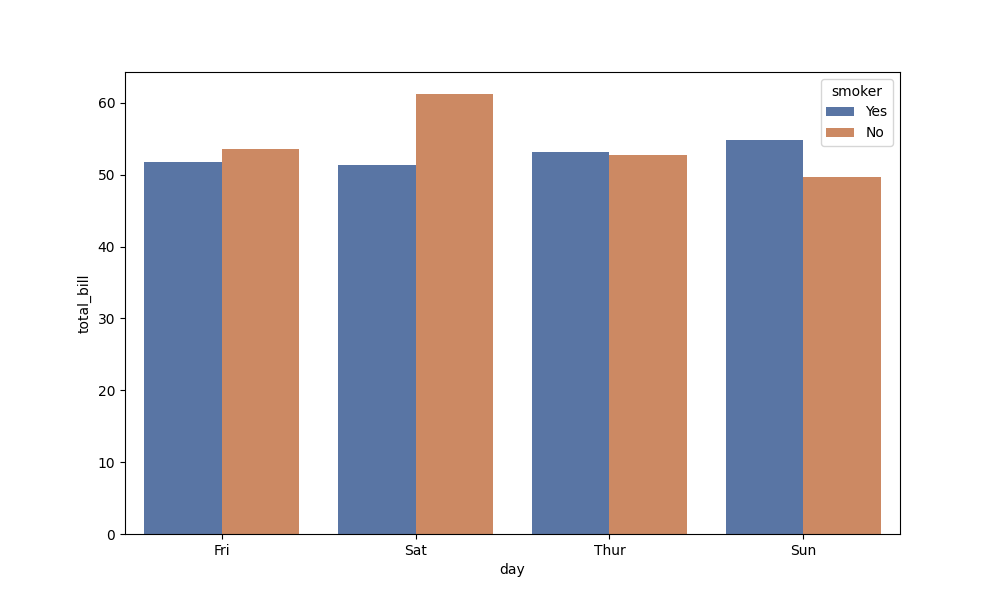
python, seaborn, barplot, hue='smoker', palette='deep', ci=None, orient='v'